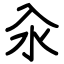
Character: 氽